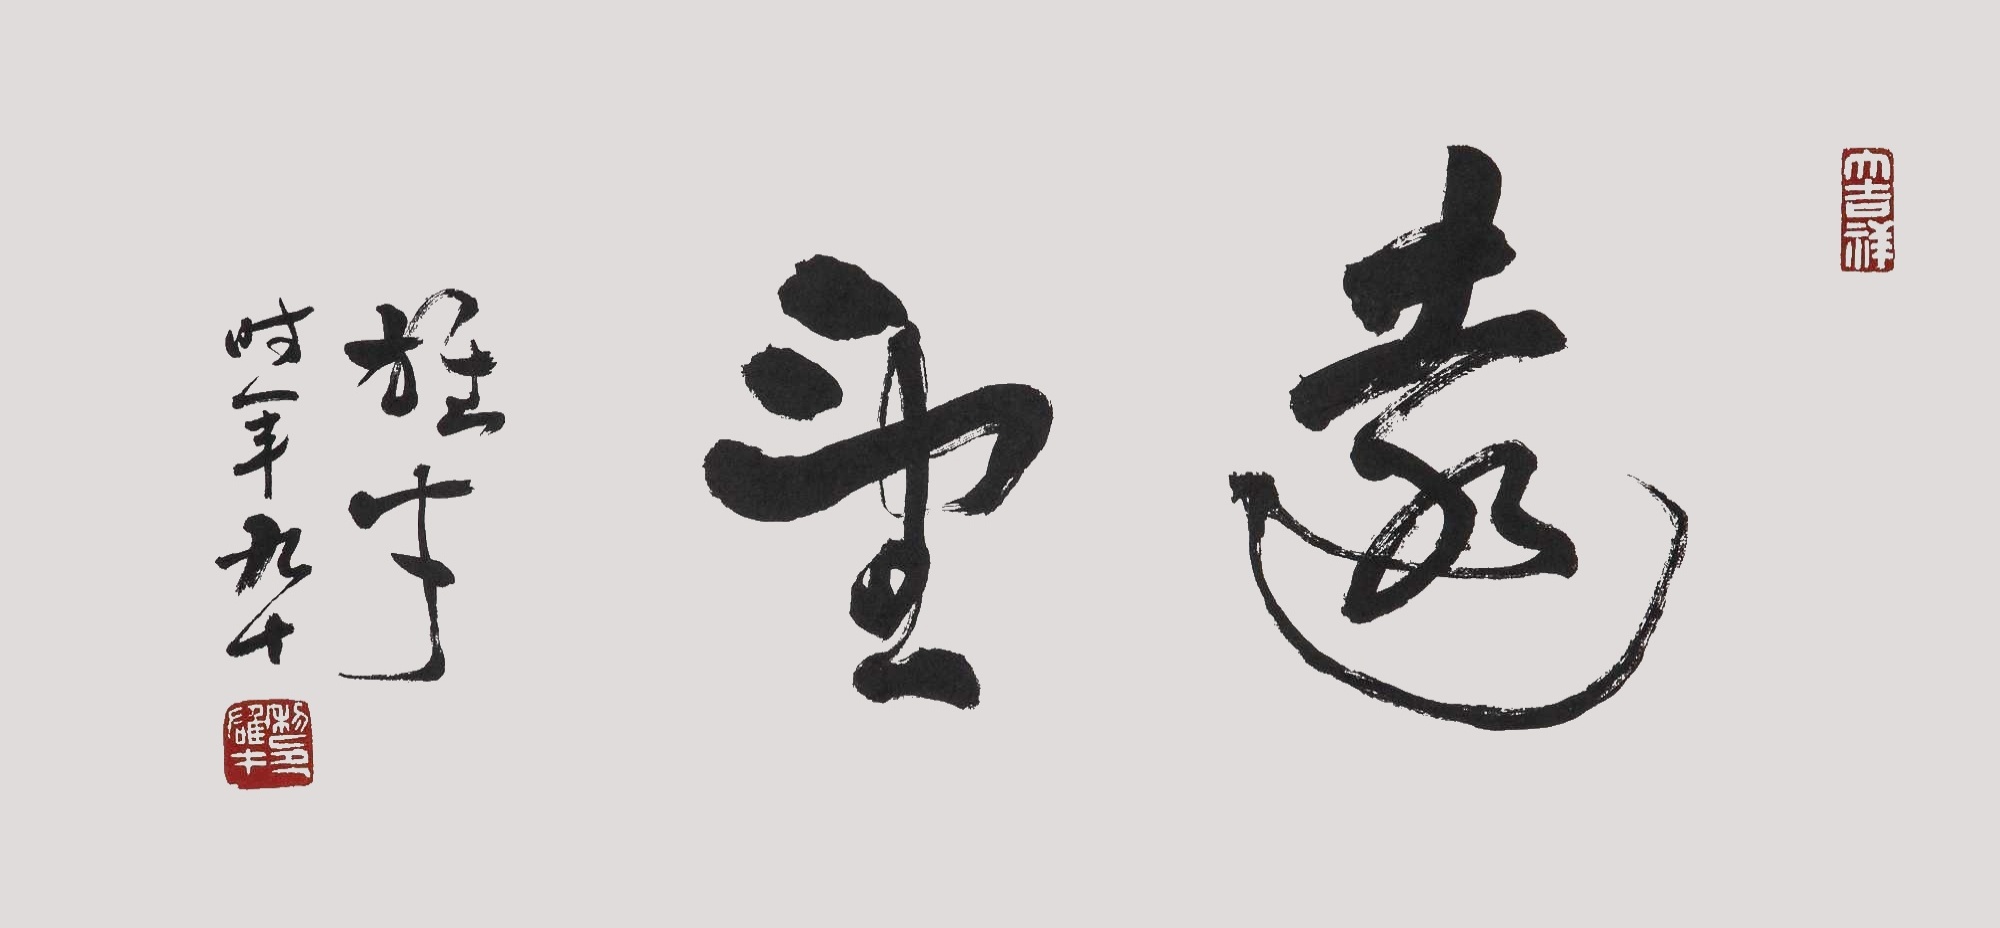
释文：远望。雄才时年九十。